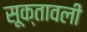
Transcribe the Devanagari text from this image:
सूक्तावली